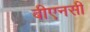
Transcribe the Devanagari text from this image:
बीएनसी